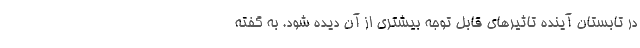
در تابستان آینده تاثیرهای قابل توجه بیشتری از آن دیده شود. به گفته